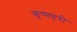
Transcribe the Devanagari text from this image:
कृष्णहरी